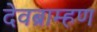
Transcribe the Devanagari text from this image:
देवब्राम्हण